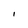
Character: I